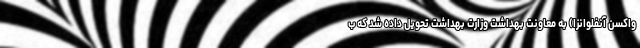
واکسن آنفلوانزا) به معاونت بهداشت وزارت بهداشت تحویل داده شد که ب